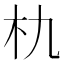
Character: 朹